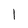
Character: 1